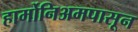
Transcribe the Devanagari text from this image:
हार्मोनिअमपासून